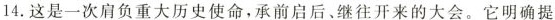
14.这是一次肩负重大历史使命，承前启后、继往开来的大会。它明确提